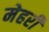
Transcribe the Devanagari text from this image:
मेहरी